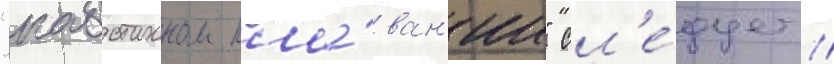
"каботажном пла́ван'ии" сл'е́дует /